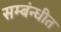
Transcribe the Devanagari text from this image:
सम्बंन्धीत